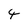
Character: 4